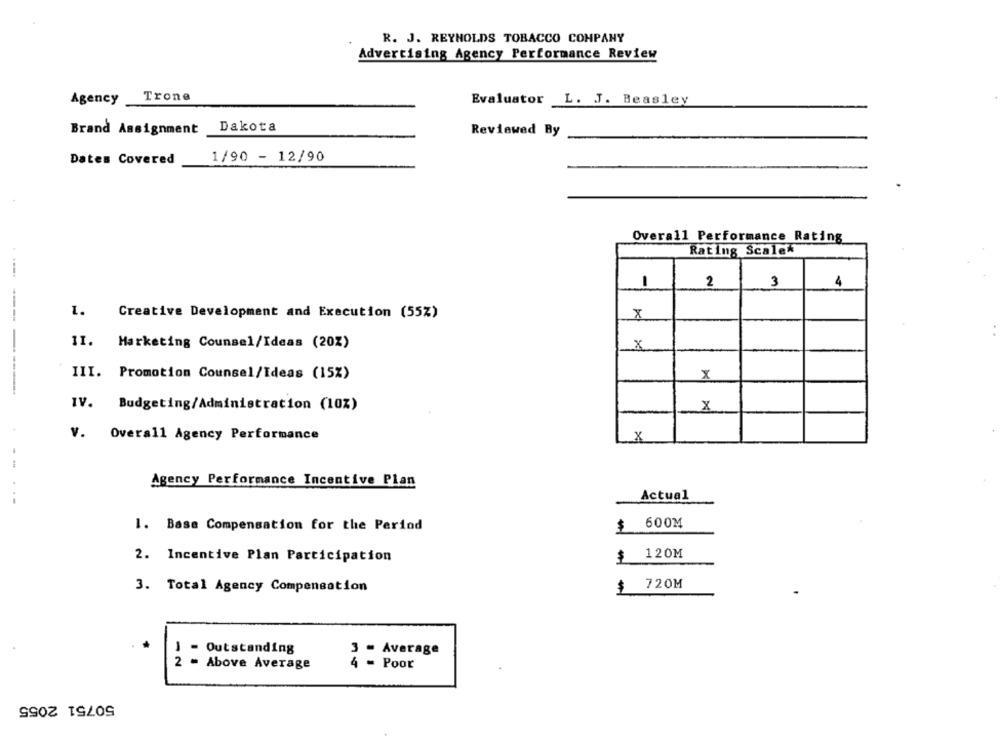
R. J. REYNOLDS TOBACCO COMPANY
Advertising Agency Performance Review
Agency Trone
Evaluator L. J. Beasley
Brand Assignment Dakota
Reviewed By
Dates Covered
1/90 - 12/90
Overall Performance Rating
Rating Scale*
1
2
3
4
1.
Creative Development and Execution (55%)
8
11.
Marketing Counsel/Ideas (20%)
X
III. Promotion Counsel/Ideas (15%)
X
----------
IV. Budgeting/Administration (10%)
X
v.
Overall Agency Performance
X
- -
Agency Performance Incentive Plan
Actual
$ 600M
1. Base Compensation for the Period
$ 120M
2. Incentive Plan Participation
720M
3. Total Agency Compensation
J - Outstanding
3 - Average
2 - Above Average
4 - Poor
50751 2055